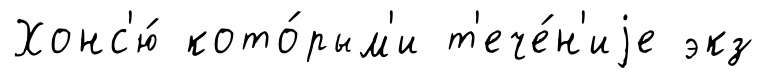
Хонс'ю́ кото́рым'и т'ече́н'иjе экз